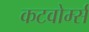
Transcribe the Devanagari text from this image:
कटवोर्म्स